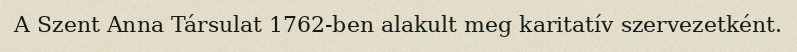
A Szent Anna Társulat 1762-ben alakult meg karitatív szervezetként.